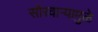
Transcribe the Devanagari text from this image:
सौरवाऱ्यामुळे